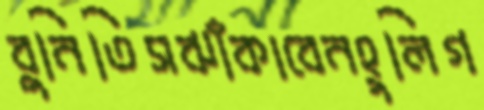
বুনিতিসঝাঁকাবেনহুলিগ